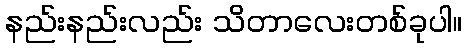
နည်းနည်းလည်း သိတာလေးတစ်ခုပါ။